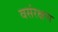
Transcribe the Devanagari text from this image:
वसंरक्षण